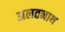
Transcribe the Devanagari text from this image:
अलतनाथ